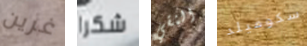
غرين شكرا النقي سكوفيلد